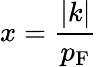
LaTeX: x={\frac{|k|}{p_{\mathrm{{F}}}}}